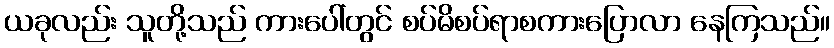
ယခုလည်း သူတို့သည် ကားပေါ်တွင် စပ်မိစပ်ရာစကားပြောလာ နေကြသည်။